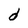
Character: d